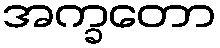
အက္ခတော